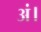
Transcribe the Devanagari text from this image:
अं।